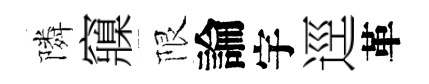
隣䆿限論宇逕革